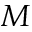
M